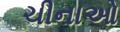
ચીનાઓ